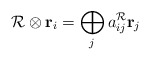
\begin{align*}{\cal R}\otimes {\bf r}_{i}=\bigoplus\limits_{j}a_{ij}^{{\cal R}}{\bf r}_{j}\end{align*}